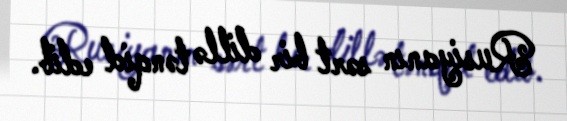
Rusiyanın sərt bir dillə tənqid edib.